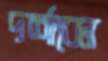
দর্শাবেন